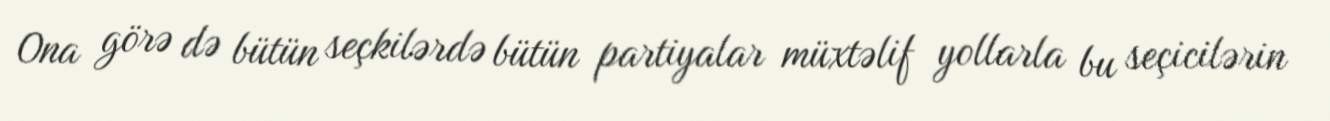
Ona görə də bütün seçkilərdə bütün partiyalar müxtəlif yollarla bu seçicilərin